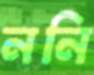
ননি